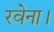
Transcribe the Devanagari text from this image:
रवेना।